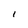
Character: l